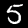
Label: 5